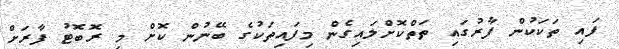
ފައި ތަކަކުން ފާރުގައި ތަތްކޮށްލައިގެން މިފައިތަކުގެ ބޭނުން ކޮށް މި ރޮބޮޓު ފާރަށް